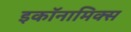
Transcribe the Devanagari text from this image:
इकॉनामिक्स